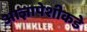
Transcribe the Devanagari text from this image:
आज्ञापेशीकडे